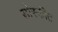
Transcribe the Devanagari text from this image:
डोस्कीत